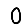
Digit: 0